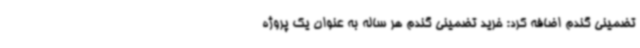
تضمینی گندم اضافه کرد: خرید تضمینی گندم هر ساله به عنوان یک پروژه